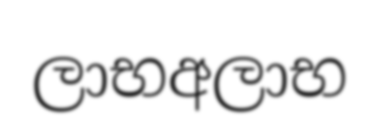
ලාභඅලාභ